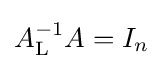
A_{\mathrm {L} }^{-1}A=I_{n}